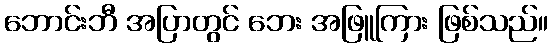
ဘောင်းဘီ အပြာတွင် ဘေး အဖြူကြား ဖြစ်သည်။